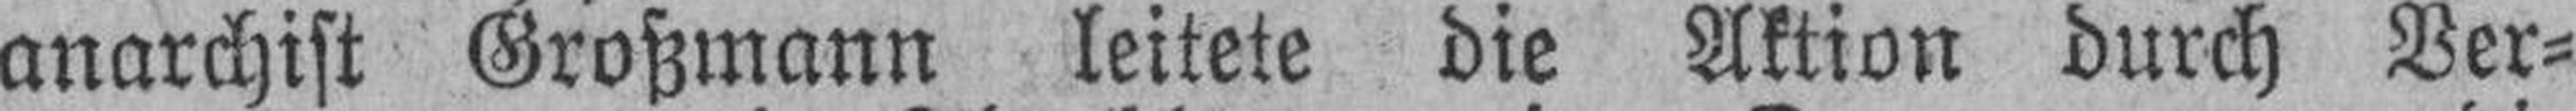
anarchist Großmann leitete die Aktion durch Ver¬